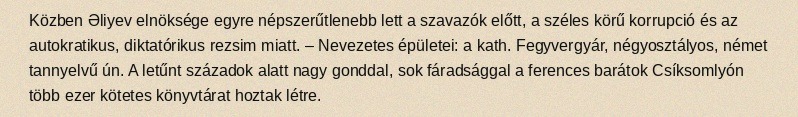
Közben Əliyev elnöksége egyre népszerűtlenebb lett a szavazók előtt, a széles körű korrupció és az autokratikus, diktatórikus rezsim miatt. – Nevezetes épületei: a kath. Fegyvergyár, négyosztályos, német tannyelvű ún. A letűnt századok alatt nagy gonddal, sok fáradsággal a ferences barátok Csíksomlyón több ezer kötetes könyvtárat hoztak létre.